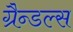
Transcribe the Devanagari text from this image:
ग्रैन्डल्स